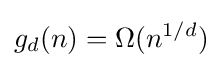
g_{d}(n)=\Omega (n^{1/d})